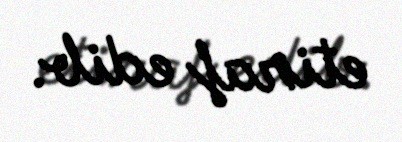
etiraf edib.